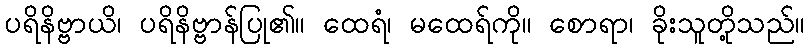
ပရိနိဗ္ဗာယိ၊ ပရိနိဗ္ဗာန်ပြု၏။ ထေရံ၊ မထေရ်ကို။ စောရာ၊ ခိုးသူတို့သည်။